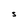
Character: S